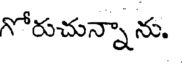
గోరుచున్నాను.